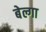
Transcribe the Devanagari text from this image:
बेल्गा